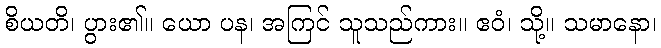
စိယတိ၊ ပွား၏။ ယော ပန၊ အကြင် သူသည်ကား။ ဧဝံ၊ သို့။ သမာနော၊